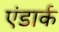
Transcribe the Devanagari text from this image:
एंडार्क